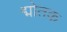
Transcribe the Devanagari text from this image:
द्मोतक